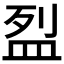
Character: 𥁟